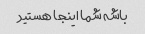
باشه شما اینجا هستید